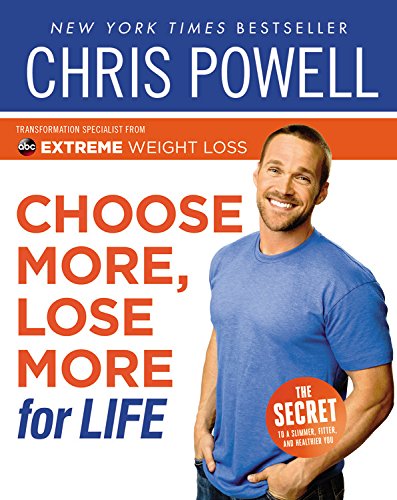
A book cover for Choose More, Lose More for Life; Chris Powell; Health, Fitness & Dieting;